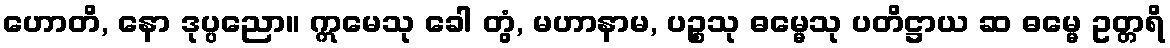
ဟောတိ, နော ဒုပ္ပညော။ ဣမေသု ခေါ တွံ, မဟာနာမ, ပဉ္စသု ဓမ္မေသု ပတိဋ္ဌာယ ဆ ဓမ္မေ ဥတ္တရိ